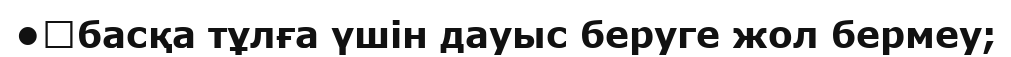
•	басқа тұлға үшін дауыс беруге жол бермеу;